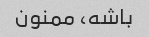
باشه، ممنون